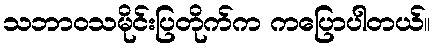
သဘာဝသမိုင်းပြတိုက်က ကပြောပါတယ်။